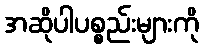
အဆိုပါပစ္စည်းများကို